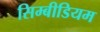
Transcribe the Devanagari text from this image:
सिम्बीडियम